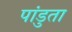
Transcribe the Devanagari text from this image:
पांडुता